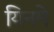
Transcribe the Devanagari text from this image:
यिनमे